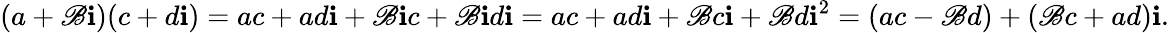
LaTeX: (a+\mathscr{B}\mathbf{{i}})(c+d\mathbf{{i}})=ac+ad\mathbf{{i}}+\mathscr{B}\mathbf{{i}}c+\mathscr{B}\mathbf{{i}}d\mathbf{{i}}=ac+ad\mathbf{{i}}+\mathscr{B}c\mathbf{{i}}+\mathscr{B}d\mathbf{{i}}^{2}=(ac-\mathscr{B}d)+(\mathscr{B}c+ad)\mathbf{{i}}.